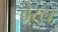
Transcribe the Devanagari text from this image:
बेस्ल